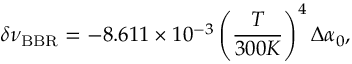
\delta \nu _ { \mathrm { B B R } } = - 8 . 6 1 1 \times 1 0 ^ { - 3 } \left( \frac { T } { 3 0 0 K } \right) ^ { 4 } \Delta \alpha _ { 0 } ,